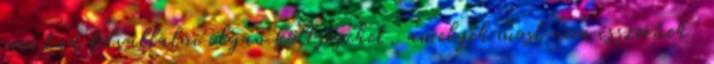
nem tud felvállalni olyan költségeket, amelyek most nem ésszerűek.